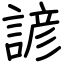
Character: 諺